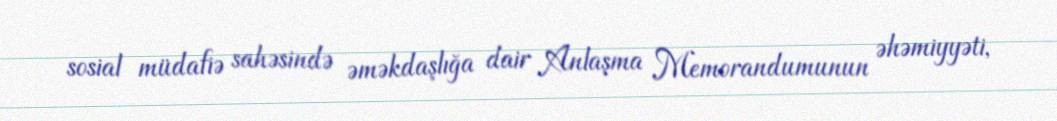
sosial müdafiə sahəsində əməkdaşlığa dair Anlaşma Memorandumunun əhəmiyyəti,